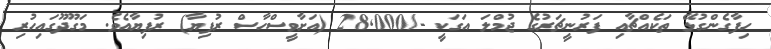
ހިފާގެންގުޅޭ ތަކެއްޗާއި ފަރުނީޗަރުގެ ޖުމްލަ އަގަކީ -/28